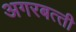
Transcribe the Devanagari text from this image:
अगरबत्‍ती